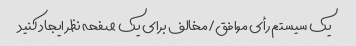
یک سیستم رأی موافق/مخالف برای یک صفحه نظر ایجاد کنید